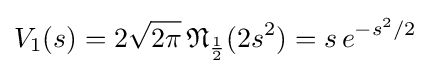
V_{1}(s)=2{\sqrt {2\pi }}\,{\mathfrak {N}}_{\frac {1}{2}}(2s^{2})=s\,e^{-s^{2}/2}